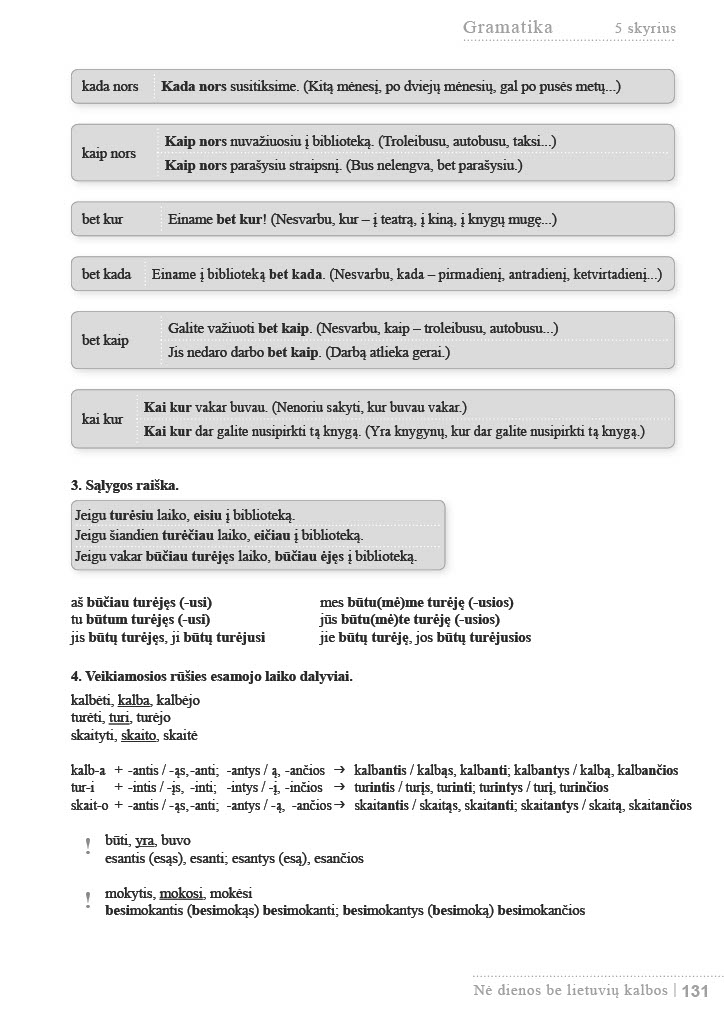
Language: lt